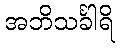
အဘိသင်္ခါရိ